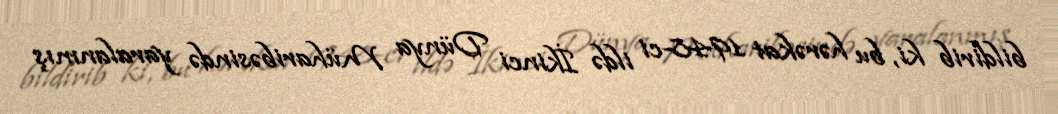
bildirib ki, bu hərəkat 1948-ci ildə İkinci Dünya Müharibəsində yaralanmış